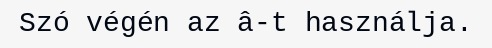
Szó végén az â-t használja.